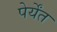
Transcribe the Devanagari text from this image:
पेर्येंत